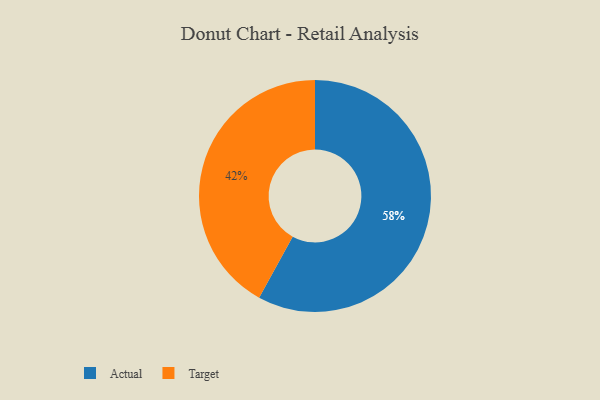
{"axis": {"x": "Category", "y": "Percentage"}, "legend": ["Actual", "Target"], "data": [{"x": "Target", "y": 42, "type": "Target"}, {"x": "Actual", "y": 58, "type": "Actual"}]}